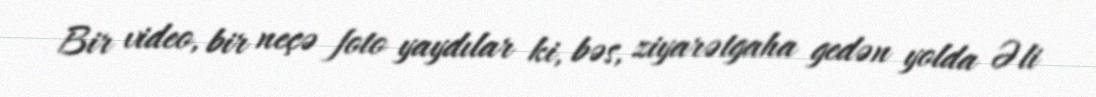
Bir video, bir neçə foto yaydılar ki, bəs, ziyarətgaha gedən yolda Əli